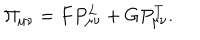
\Pi _ { \mu \nu } = F P _ { \mu \nu } ^ { L } + G P _ { \mu \nu } ^ { T } .